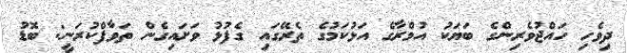
ދިވެހި ހައްޖުވެރިންގެ ބަޔަކު އުމްރާގެ އަޅުކަމުގެ ތެރޭގައި ގެފުޅު ވަށައިގެން ތަވާފްކުރަނީ: ބޮޑު